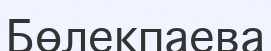
Бөлекпаева